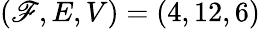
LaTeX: (\mathscr{F},E,V)=(4,12,6)